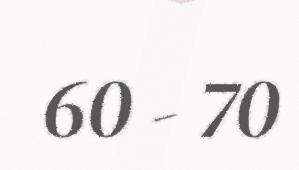
60 - 70